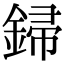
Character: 𨧪